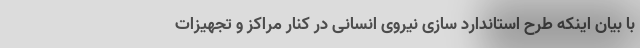
با بیان اینکه طرح استاندارد سازی نیروی انسانی در کنار مراکز و تجهیزات